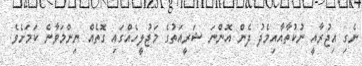
ނެގި އިޖުރާއީ ނުކުތާއާއިމެދު ދެން އޮންނަ ޝަރީއަތުގެ މަޖުލީހެއްގައި ގޮތެއް ނިންމަވާނެ ކަމަށެވެ.